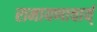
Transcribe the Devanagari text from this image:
रामायणाचार्य्